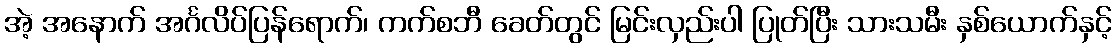
အဲ့ အနောက် အင်္ဂလိပ်ပြန်ရောက်၊ ကက်စဘီ ခေတ်တွင် မြင်းလှည်းပါ ပြုတ်ပြီး သားသမီး နှစ်ယောက်နှင့်